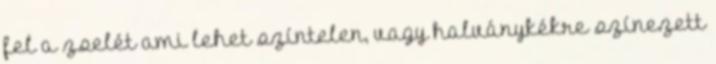
fel a zselét ami lehet színtelen, vagy halványkékre színezett